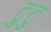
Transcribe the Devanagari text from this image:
टुटु